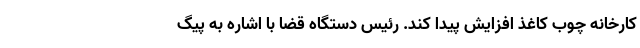
کارخانه چوب کاغذ افزایش پیدا کند. رئیس دستگاه قضا با اشاره به پیگ